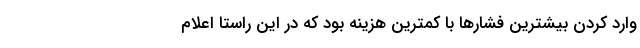
وارد کردن بیشترین فشارها با کمترین هزینه بود که در این راستا اعلام